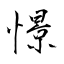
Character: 憬